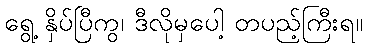
ရွေ့ နှိပ်ပြီကွ၊ ဒီလိုမှပေါ့ တပည့်ကြီးရ။